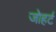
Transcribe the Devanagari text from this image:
जोहर्ट